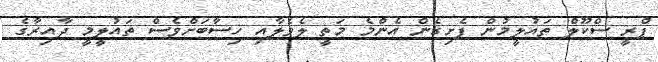
ޕްރީ ސްކޫލް ތައުލީމުން ފެށިގެން އެންމެ މަތީ ލެވެލާއި ހިސާބަށްވެސް ތައުލީމީ ދާއިރާގެ